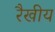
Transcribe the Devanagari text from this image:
रैखीय